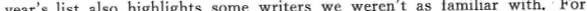
year's list also highlights some writers we weren't as familiar with.For